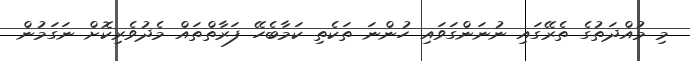
މި މުއްދަތުގެ ތެރޭގައި ނުނަންގަވައި ހުންނަ ތަކެތި ކަމާބެހޭ ފަރާތްތައް މެދުވެރިކޮށް ނަގަމުން